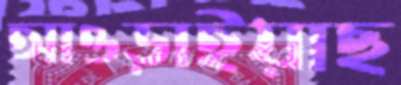
আওড়াইয়াছ